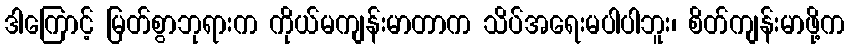
ဒါကြောင့် မြတ်စွာဘုရားက ကိုယ်မကျန်းမာတာက သိပ်အရေးမပါပါဘူး၊ စိတ်ကျန်းမာဖို့က